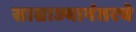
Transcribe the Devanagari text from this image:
साम्राज्यानंतरचे